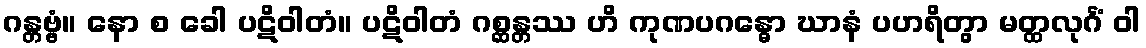
ဂန္တဗ္ဗံ။ နော စ ခေါ ပဋိဝါတံ။ ပဋိဝါတံ ဂစ္ဆန္တဿ ဟိ ကုဏပဂန္ဓော ဃာနံ ပဟရိတွာ မတ္ထလုင်္ဂံ ဝါ